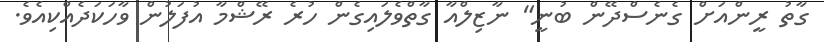
ގާތު ރީންއަށް ގެނެސްދޭން ބުނީ" ނާޒިލްއާ ގާތްވެލައިގެން ހުރެ ރޭޝްމާ އުފަލުން ވާހަކަދެއްކިއެވެ.